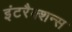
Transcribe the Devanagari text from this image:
इंटरैक्शन्स